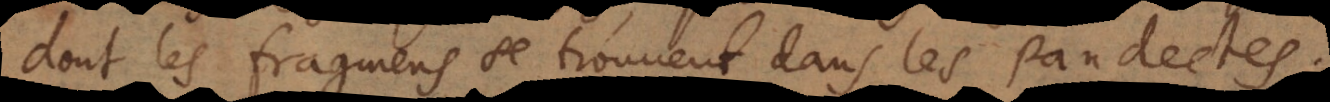
dont les fragmens se trouvent dans les Pandectes.